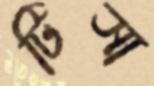
টিসা